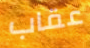
عقاب